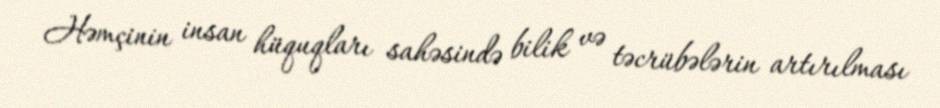
Həmçinin insan hüquqları sahəsində bilik və təcrübələrin artırılması